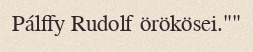
Pálffy Rudolf örökösei.""